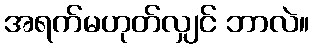
အရက်မဟုတ်လျှင် ဘာလဲ။